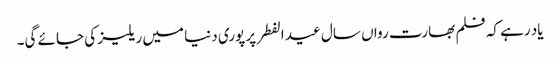
یاد رہے کہ فلم بھارت رواں سال عید الفطر پر پوری دنیا میں ریلیز کی جائے گی۔